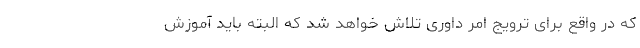
که در واقع برای ترویج امر داوری تلاش خواهد شد که البته باید آموزش